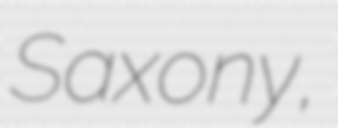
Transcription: Saxony,